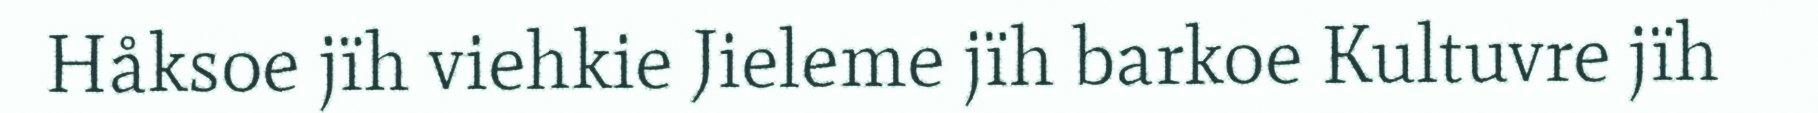
Håksoe jïh viehkie Jieleme jïh barkoe Kultuvre jïh